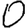
Digit: 0